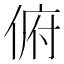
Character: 俯